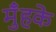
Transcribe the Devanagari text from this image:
मुँहके